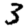
Digit: 3